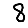
Digit: 8